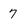
Character: 7